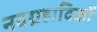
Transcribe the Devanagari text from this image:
नवग्रहादिकों